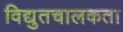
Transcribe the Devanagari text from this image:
विद्युतचालकता